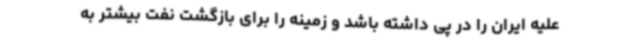
علیه ایران را در پی داشته باشد و زمینه را برای بازگشت نفت بیشتر به